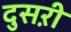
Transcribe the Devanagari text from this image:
दुसऱी